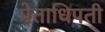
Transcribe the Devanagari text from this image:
प्रेताधिपती